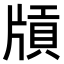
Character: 𤗤